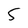
Character: 5